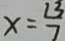
x = \frac { 1 3 } { 7 }